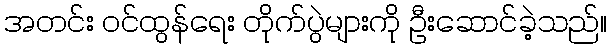
အတင်း ဝင်ထွန်ရေး တိုက်ပွဲများကို ဦးဆောင်ခဲ့သည်။